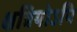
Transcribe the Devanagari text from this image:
क्षत्रियोऽपि